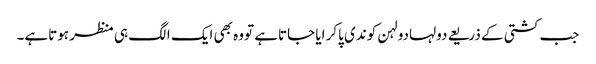
جب کشتی کے ذریعے دولہادولہن کوندی پاکر ایا جاتاہے تووہ بھی ایک الگ ہی منظر ہوتاہے۔